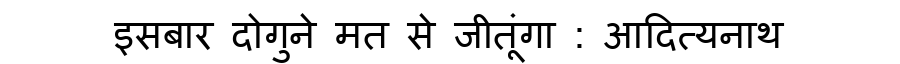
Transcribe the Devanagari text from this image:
इसबार दोगुने मत से जीतूंगा : आदित्यनाथ